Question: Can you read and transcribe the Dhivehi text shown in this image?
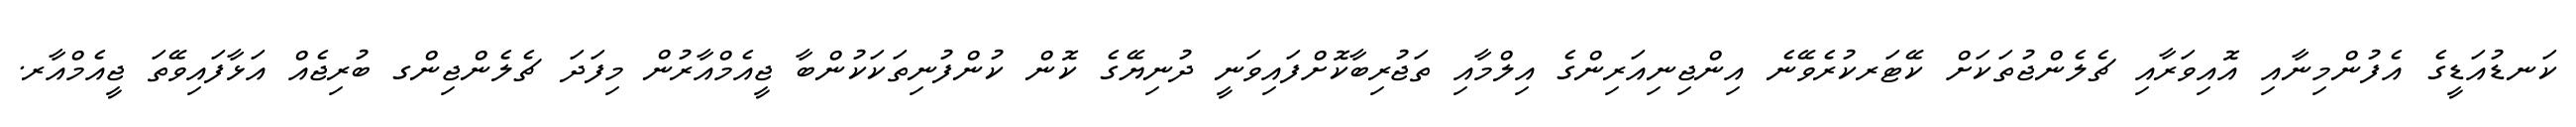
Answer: ކަނޑުއަޑީގެ އެފުންމިނާއި އޮއިވަރާއި ޗެލެންޖުތަކަށް ކޭޓަރކުރެވޭނެ އިންޖިނިއަރިންގެ އިލްމާއި ތަޖުރިބާކޮށްފައިވަނީ ދުނިޔޭގެ ކޮން ކުންފުނިތަކަކުންބާ ޖީއެމްއާރުން މިފަދަ ޗެލެންޖިންގ ބުރިޖެއް އަޅާފައިވޭތަ ޖީއެމްއާރ.